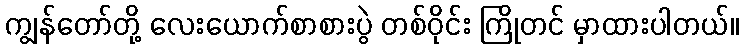
ကျွန်တော်တို့ လေးယောက်စာစားပွဲ တစ်ဝိုင်း ကြိုတင် မှာထားပါတယ်။